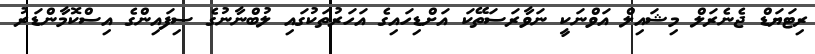
ރިޓަޔަޑް ޖެނެރަލް މިޝައިލް އަވްނަކީ ނަވާރަސަތޭކަ އަށްޑިހައިގެ އަހަރުތަކުގައި ލުބްނާނުގެ ސިފައިންގެ އިސްކޮމާންޑަރު